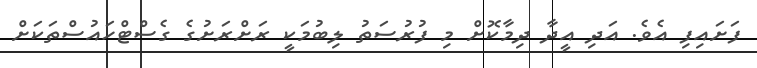
ފަށައިފި އެވެ. އަދި އީދާ ދިމާކޮށް މި ފުރުސަތު ލިބުމަކީ ރަށްރަށުގެ ގެސްޓްހައުސްތަކަށް